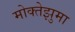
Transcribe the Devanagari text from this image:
मोक्तेझुमा